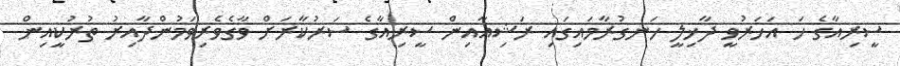
ސީރިއާގެ ހަ އަހަރުވީ ދާޚިލީ ހަނގުރާމައިގައި ރަޝިއާއިން ސީރިއާގެ ސަރުކާރަށް ވާގެވެރިވަމުންދާއިރު ތުރުކީއިން